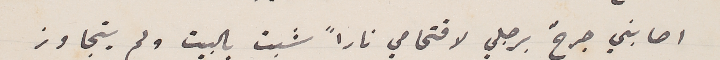
اصابني جرحٌ برجلي لاقتحامي ناراً شبت بالبيت ولم يتجاوز